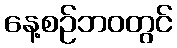
နေ့စဉ်ဘဝတွင်